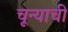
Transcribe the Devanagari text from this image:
चून्याची